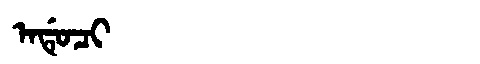
Manchu: ᠠᡩᡠᠴᡳ
Romanization: ADUCI